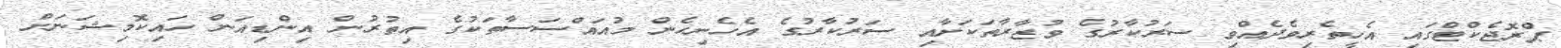
ޕްރޮޖެކްޓްގައި އެހީތެރިވެދެއްވި ސަރުކާރުގެ ވުޒާރާތަކަށާއި ސަރުކާރުގެ އެހެނިހެން މުއައްސަސާތަކުގެ އިތުރުން އިންޑިއަން ހައިކޮމިޝަނަށް